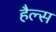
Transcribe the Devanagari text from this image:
हैल्स